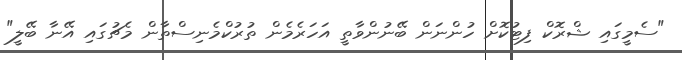
"ސެމީގައި ޝްރޮކް ފިޓުކޮށް ހުންނަން ބޭނުންވާތީ އަހަރެމެން ތުރުކްމެނިސްތާން މެޗުގައި އޭނާ ބޭލީ"